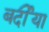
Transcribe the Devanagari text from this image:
बर्दीया